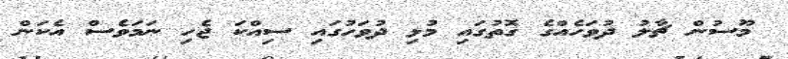
މޫސުން ޗާލު ދުވަހެއްގެ ގޮތުގައި މުޅި ދުވަހުގައި ސިއްކަ ޖެހި ނަމަވެސް އެކަން